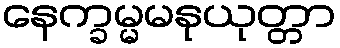
နေက္ခမ္မမနုယုတ္တာ